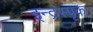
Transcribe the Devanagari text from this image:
इन्द्रस्पृक